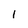
Character: 1